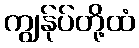
ကျွန်ုပ်တို့ထံ